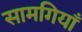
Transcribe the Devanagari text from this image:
सामगियाँ